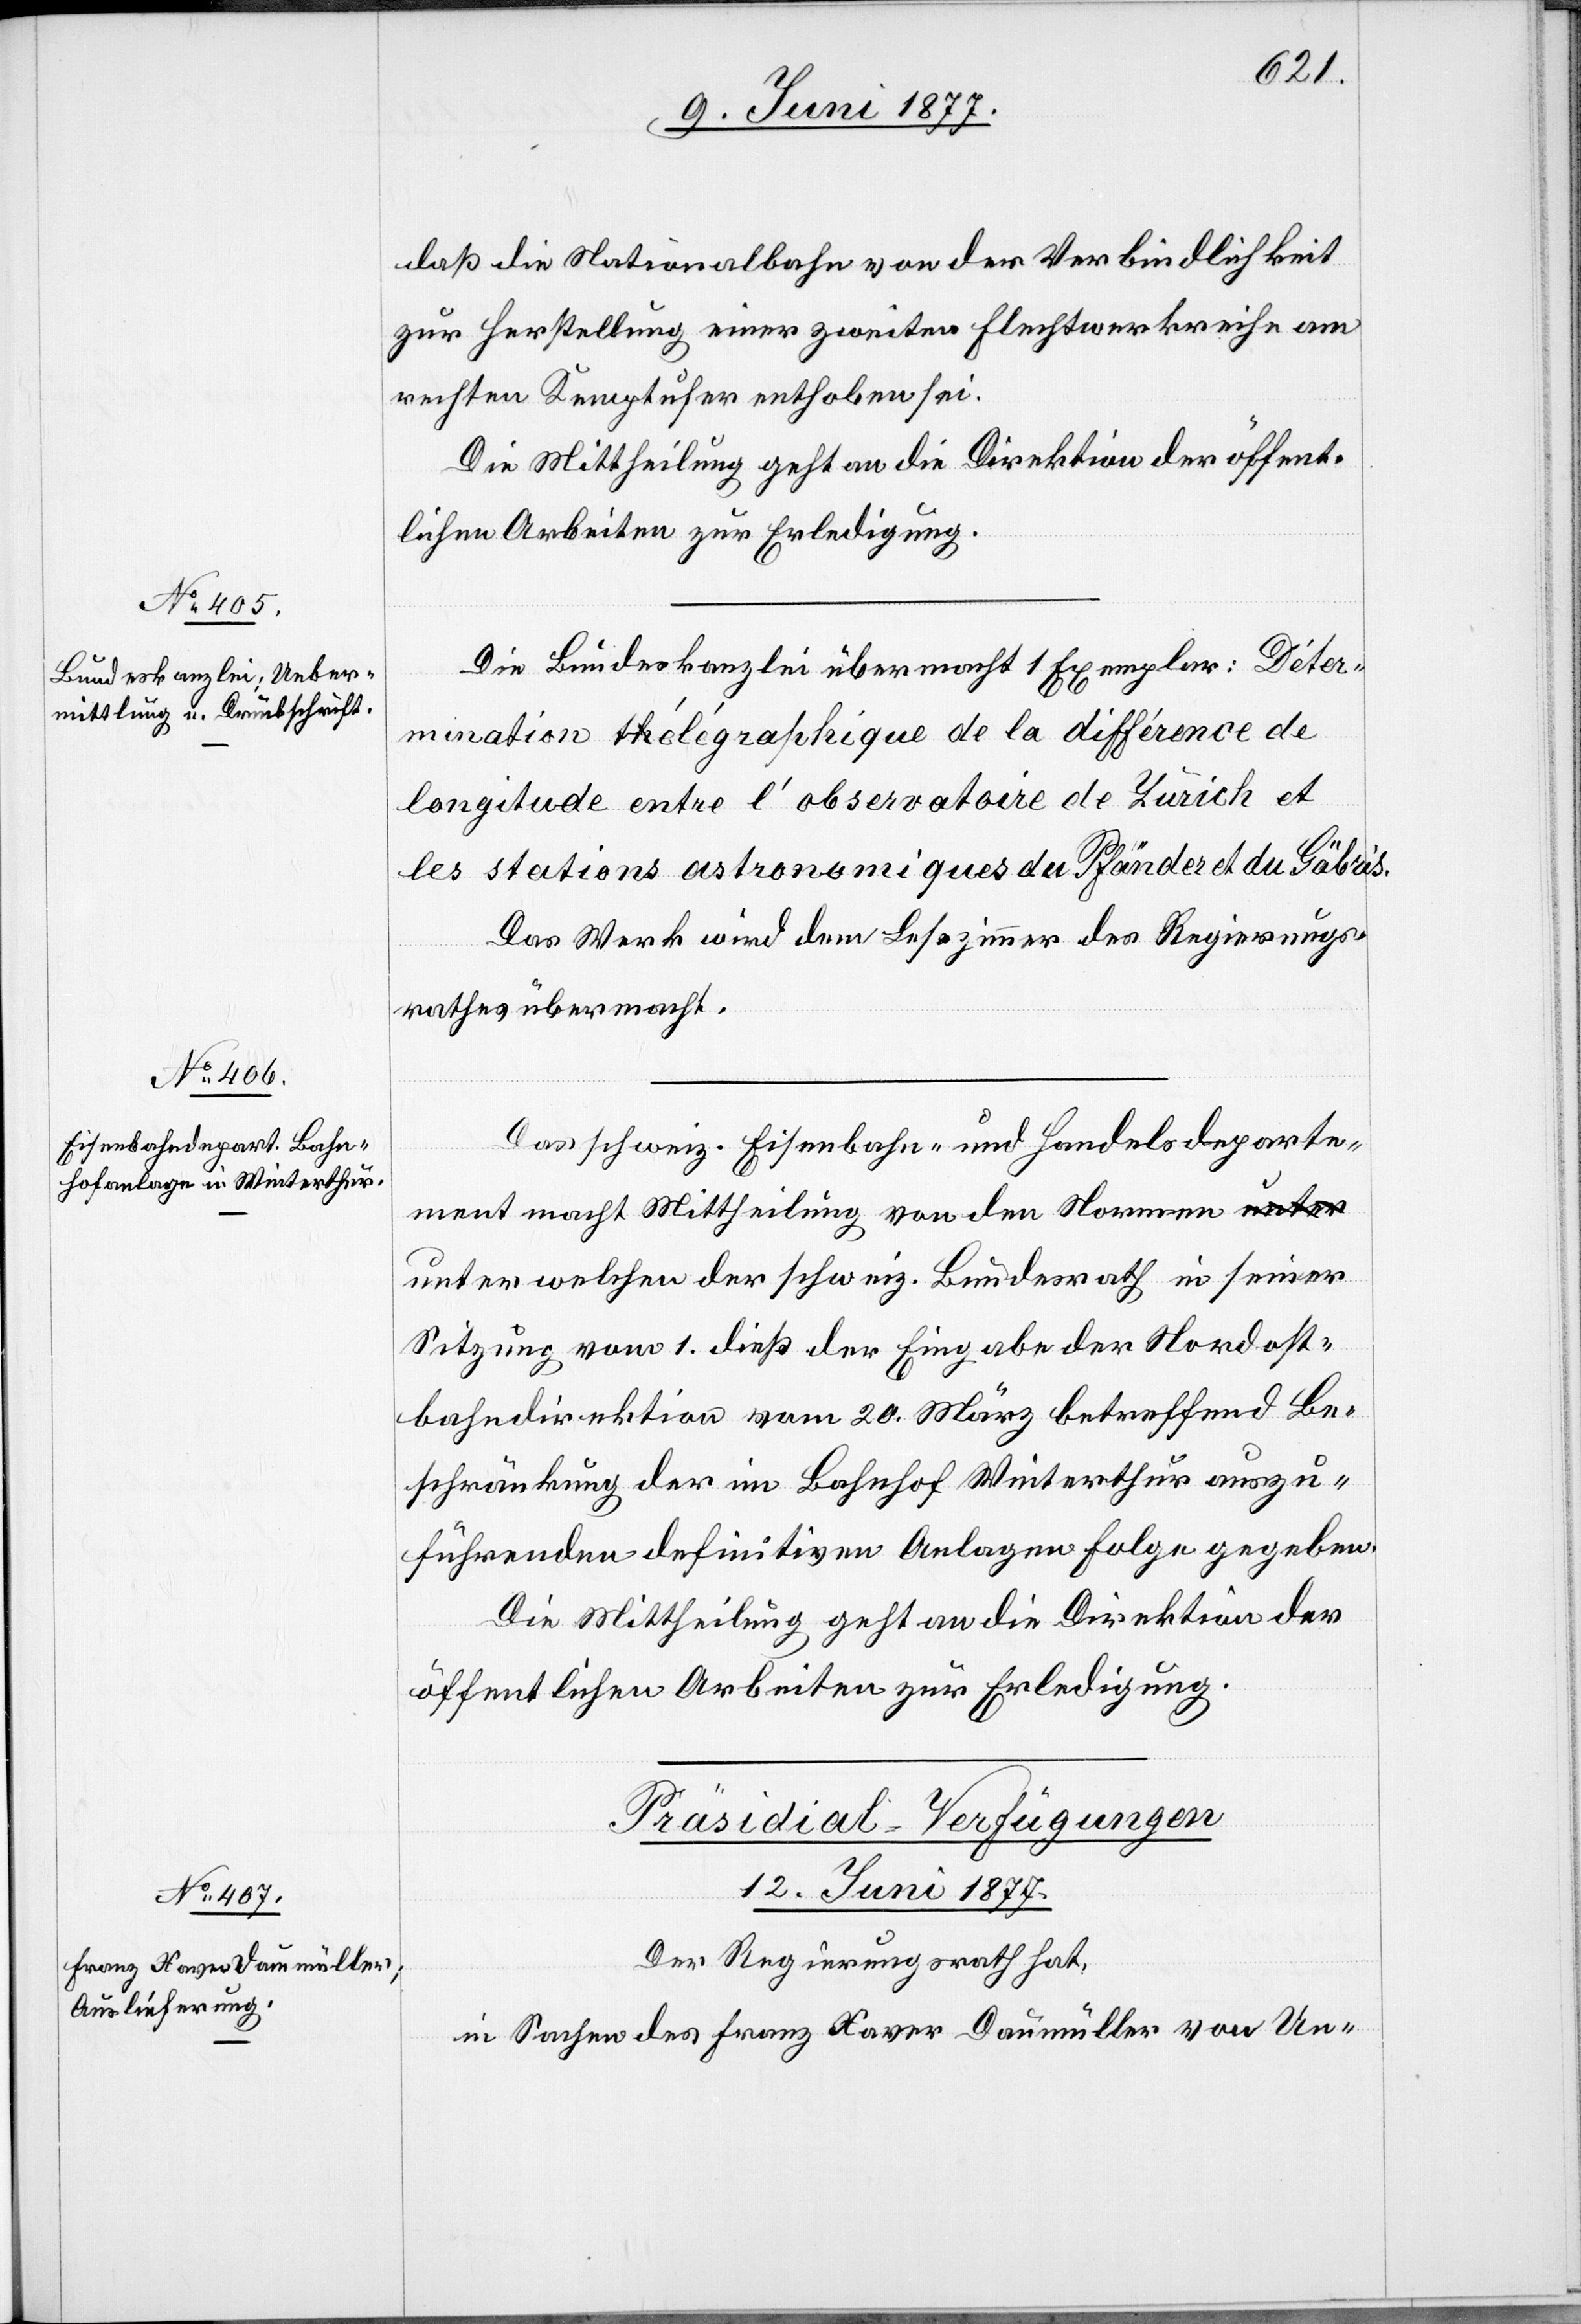
daß die Nationalbahn von der Verbindlichkeit
zur Herstellung einer zweiten Flechtwerkreihe am
rechten Kemptufer enthoben sei.
Die Mittheilung geht an die Direktion der öffent¬
lichen Arbeiten zur Erledigung.
Die Bundeskanzlei übermacht 1 Exemplar; Déter¬
mination télégraphique de la différence de
longitude entre l’observatoire de Zurich et
les stations astronomiques de Pfänder et du Gäbris.
Das Werk wird dem Lesezimmer des Regierungs¬
rathes übermacht.
Das schweiz. Eisenbahn- und Handelsdeparte¬
ment macht Mittheilung von den Normen u¬
nter welchen der schweiz. Bundesrath in seiner
Sitzung vom 1. dieß der Eingabe der Nordost¬
bahndirektion vom 20. März betreffend Be¬
schränkung der im Bahnhof Winterthur auszu¬
führenden definitiven Anlagen Folge gegeben.
Die Mittheilung geht an die Direktion der
öffentlichen Arbeiten zur Erledigung.
Präsidial-Verfügungen
12. Juni 1877.
Der Regierungsrath hat,
in Sachen des Franz Xaver Daumüller von Un-